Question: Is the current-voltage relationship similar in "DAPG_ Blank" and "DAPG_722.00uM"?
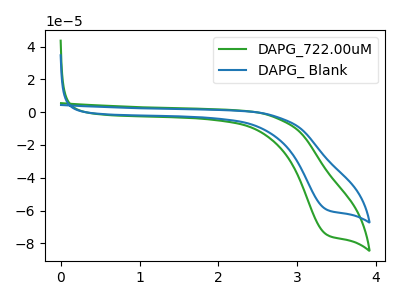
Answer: <think>The green curve "DAPG_722.00uM" has a cathodic peak at: (3.35V, -74.60uA). The blue curve "DAPG_ Blank" has a cathodic peak at: (3.35V, -59.35uA).
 All the peaks in "DAPG_ Blank" have a peak in "DAPG_722.00uM" at the same potential. Every peak in "DAPG_ Blank" is lower than every peak in "DAPG_722.00uM".</think>
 <answer>"DAPG_ Blank" and "DAPG_722.00uM" are similar in shape.</answer>
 <eval>same_shape</eval>